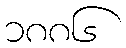
၁၈၈၆